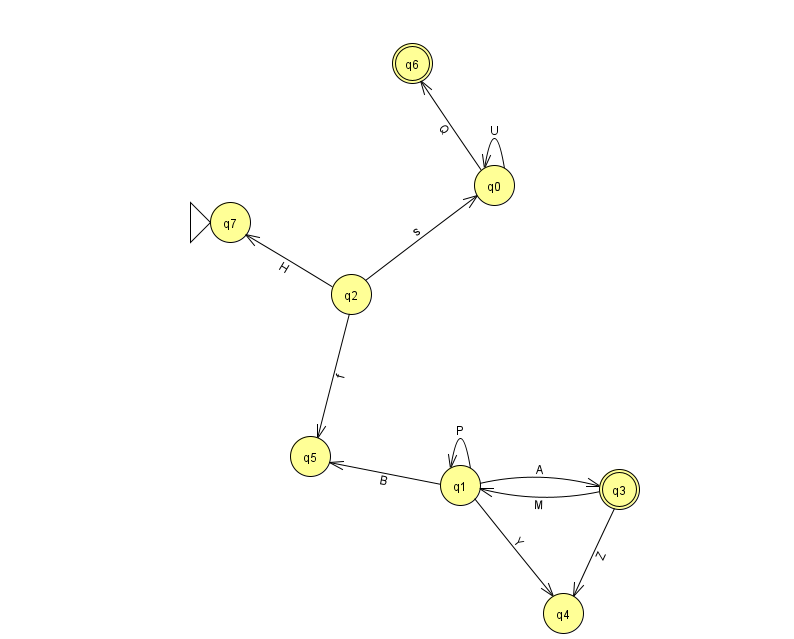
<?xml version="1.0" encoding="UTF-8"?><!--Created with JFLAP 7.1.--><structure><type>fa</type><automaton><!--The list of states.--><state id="0" name="q0"><x>494.0</x><y>172.0</y></state><state id="1" name="q1"><x>460.0</x><y>472.0</y></state><state id="2" name="q2"><x>351.0</x><y>281.0</y></state><state id="3" name="q3"><x>619.0</x><y>476.0</y><final/></state><state id="4" name="q4"><x>563.0</x><y>600.0</y></state><state id="5" name="q5"><x>310.0</x><y>443.0</y></state><state id="6" name="q6"><x>412.0</x><y>50.0</y><final/></state><state id="7" name="q7"><x>230.0</x><y>209.0</y><initial/></state><!--The list of transitions.--><transition><from>1</from><to>1</to><read>P</read></transition><transition><from>0</from><to>0</to><read>U</read></transition><transition><from>2</from><to>5</to><read>f</read></transition><transition><from>3</from><to>1</to><read>M</read></transition><transition><from>3</from><to>4</to><read>Z</read></transition><transition><from>2</from><to>7</to><read>H</read></transition><transition><from>0</from><to>6</to><read>Q</read></transition><transition><from>2</from><to>0</to><read>s</read></transition><transition><from>1</from><to>3</to><read>A</read></transition><transition><from>1</from><to>5</to><read>B</read></transition><transition><from>1</from><to>4</to><read>Y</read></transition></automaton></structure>